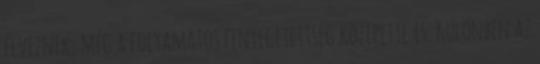
élveznek, még a folyamatos fenyegetettség közepette is. Különben az